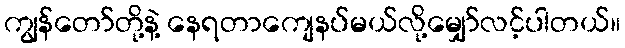
ကျွန်တော်တို့နဲ့ နေရတာကျေနပ်မယ်လို့မျှော်လင့်ပါတယ်။